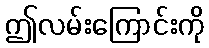
ဤလမ်းကြောင်းကို